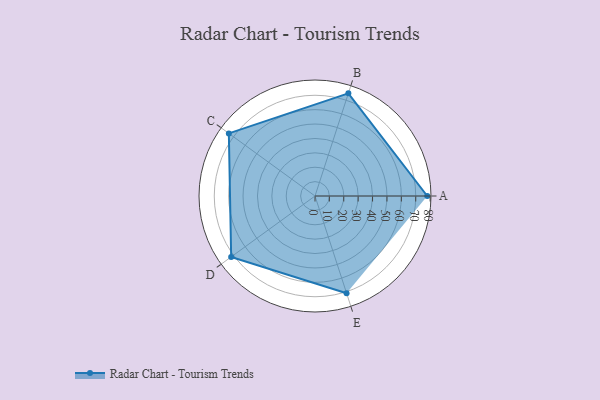
{"axis": {"x": "Skill", "y": "Score"}, "legend": ["Profile"], "data": [{"x": "A", "y": 78.0, "type": "Profile"}, {"x": "B", "y": 75.0, "type": "Profile"}, {"x": "C", "y": 74.0, "type": "Profile"}, {"x": "D", "y": 72.0, "type": "Profile"}, {"x": "E", "y": 71.0, "type": "Profile"}]}